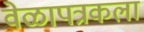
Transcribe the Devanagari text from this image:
वेळापत्रकला